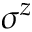
\sigma ^ { z }